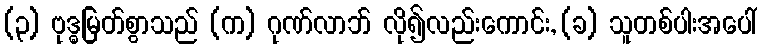
(၃) ဗုဒ္ဓမြတ်စွာသည် (က) ဂုဏ်လာဘ် လို၍လည်းကောင်း, (ခ) သူတစ်ပါးအပေါ်